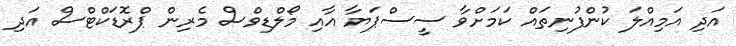
އަދި އަމިއްލަ ކުންފުނިތައް ކަމަށްވާ ސީސްޕަޔާ އާއި މޯލްޑިވްސް މެރިން ޕްރޮޑަކްޓްސް އަދި